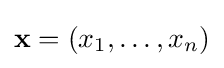
\mathbf {x} =(x_{1},\ldots ,x_{n})